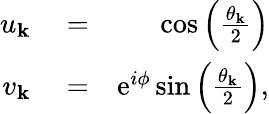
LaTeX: \begin{array}{rlr}{u_{\mathbf k}}&{{}=}&{\cos\left(\frac{\theta_{\mathbf k}}{2}\right)}\\ {v_{\mathbf k}}&{{}=}&{\mathrm{e}^{i\phi}\sin\left(\frac{\theta_{\mathbf k}}{2}\right),}\end{array}